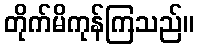
တိုက်မိကုန်ကြသည်။